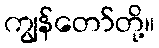
ကျွန်တော်တို့။